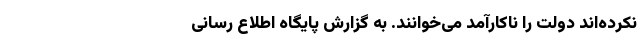
نکرده‌اند دولت را ناکارآمد می‌خوانند. به گزارش پایگاه اطلاع رسانی